Report of the Indian Hemp Drugs Commission, 1894-1895 - Volume III
Year: 1894
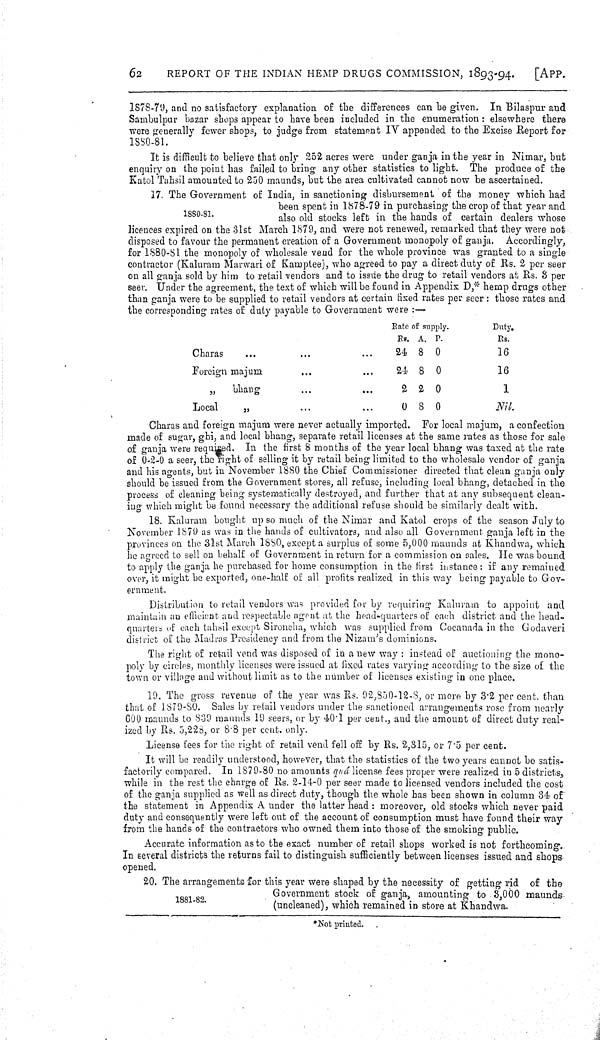
62
REPORT OF THE INDIAN HEMP DRUGS COMMISSION, 1893-94.
[APP.
1878-79, and no satisfactory explanation of the differences can be given. In Bilaspur and
Sambulpur bazar shops appear to have been included in the enumeration: elsewhere there
were generally fewer shops, to judge from statement IV appended to the Excise Report for
1880-81.
It is difficult to believe that only 252 acres were under ganja in the year in Nimar, but
enquiry on the point has failed to bring any other statistics to light. The produce of the
Katol Tahsil amounted to 250 maunds, but the area cultivated cannot now be ascertained.
1880-81.
17. The Government of India, in sanctioning disbursement of the money which had
been spent in 1878-79 in purchasing the crop of that year and
also old stocks left in the hands of certain dealers whose
licences expired on the 31st March 1879, and were not renewed, remarked that they were not
disposed to favour the permanent creation of a Government monopoly of ganja. Accordingly,
for 1880-81 the monopoly of wholesale vend for the whole province was granted to a single
contractor (Kaluram Marwari of Kamptee), who agreed to pay a direct duty of Rs. 2 per seer
on all ganja sold by him to retail vendors and to issue the drug to retail vendors at Rs. 3 per
seer. Under the agreement, the text of which will be found in Appendix D,* hemp drugs other
than ganja were to be supplied to retail vendors at certain fixed rates per seer: those rates and
the corresponding rates of duty payable to Government were:—
Rate of supply.
Duty.
RS. A. P.
Rs.
Charas
24 8 0
16
Foreign majum
24 8 0
16
"
bhang
2 2 0
1
Local
"
0 8 0
Nil.
Charas and foreign majum were never actually imported. For local majum, a confection
made of sugar, ghi, and local bhang, separate retail licenses at the same rates as those for sale
of ganja were required. In the first 8 months of the year local bhang was taxed at the rate
of 0-2-0 a seer, the right of selling it by retail being limited to the wholesale vendor of ganja
and his agents, but in November 1880 the Chief Commissioner directed that clean ganja only
should be issued from the Government stores, all refuse, including local bhang, detached in the
process of cleaning being systematically destroyed, and further that at any subsequent clean-
ing which might be found necessary the additional refuse should be similarly dealt with.
18. Kaluram bought up so much of the Nimar and Katol crops of the season July to
November 1879 as was in the hands of cultivators, and also all Government ganja left in the
provinces on the 31st March 1880, except a surplus of some 5,000 maunds at Khandwa, which
he agreed to sell on behalf of Government in return for a commission on sales. He was bound
to apply the ganja he purchased for home consumption in the first instance: if any remained
over, it might be exported, one-half of all profits realized in this way being payable to Gov-
ernment.
Distribution to retail vendors was provided for by requiring Kaluram to appoint and
maintain an efficient and respectable agent at the head-quarters of each district and the head-
quarters of each tahsil except Sironcha, which was supplied from Cocanada in the Godaveri
district of the Madras Presidency and from the Nizam's dominions.
The right of retail vend was disposed of in a new way: instead of auctioning the mono-
poly by circles, monthly licenses were issued at fixed rates varying according to the size of the
town or village and without limit as to the number of licenses existing in one place.
19. The gross revenue of the year was Rs. 92,850-12-8, or more by 3.2 per cent. than
that of 1879-80. Sales by retail vendors under the sanctioned arrangements rose from nearly
600 maunds to 839 maunds 19 seers, or by 40.1 per cent., and the amount of direct duty real-
ized by Rs. 5,228, or 8.8 per cent. only.
License fees for the right of retail vend fell off by Rs. 2,315, or 7.5 per cent.
It will be readily understood, however, that the statistics of the two years cannot be satis-
factorily compared. In 1879-80 no amounts quâ license fees proper were realized in 5 districts,
while in the rest the charge of Rs. 2-14-0 per seer made to licensed vendors included the cost
of the ganja supplied as well as direct duty, though the whole has been shown in column 34 of
the statement in Appendix A under the latter head: moreover, old stocks which never paid
duty and consequently were left out of the account of consumption must have found their way
from the hands of the contractors who owned them into those of the smoking public.
Accurate information as to the exact number of retail shops worked is not forthcoming.
In several districts the returns fail to distinguish sufficiently between licenses issued and shops
opened.
1881-82.
20. The arrangements for this year were shaped by the necessity of getting rid of the
Government stock of ganja, amounting to 3,000 maunds
(uncleaned), which remained in store at Khandwa.
*Not printed.